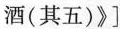
酒(其五)》]